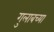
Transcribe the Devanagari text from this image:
गुलाबच्या